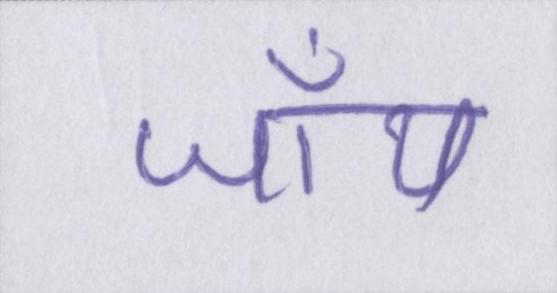
जॉय